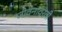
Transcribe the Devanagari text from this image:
जीवनावरती